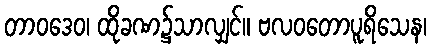
တာဝဒေဝ၊ ထိုခဏ၌သာလျှင်။ ဗလဝတောပူရိသေန၊